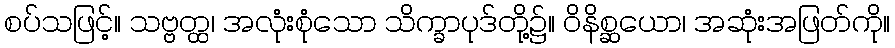
စပ်သဖြင့်။ သဗ္ဗတ္ထ၊ အလုံးစုံသော သိက္ခာပုဒ်တို့၌။ ဝိနိစ္ဆယော၊ အဆုံးအဖြတ်ကို။